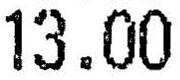
13.00